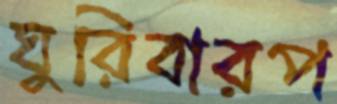
ঘুরিবারপ